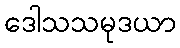
ဒေါသသမုဒယာ